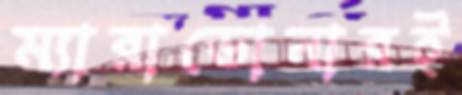
ম্যারাডোনারই